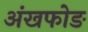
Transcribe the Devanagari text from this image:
अंखफोङ